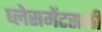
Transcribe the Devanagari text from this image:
प्लेसमेंटसाठी